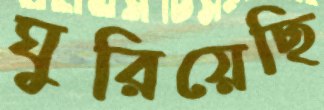
ঘুরিয়েছি